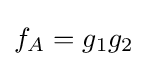
f_{A}=g_{1}g_{2}